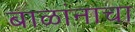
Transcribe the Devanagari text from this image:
बाळांनाचा